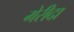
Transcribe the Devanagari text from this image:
मेरीदा